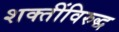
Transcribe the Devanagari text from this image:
शक्तींविरुद्ध